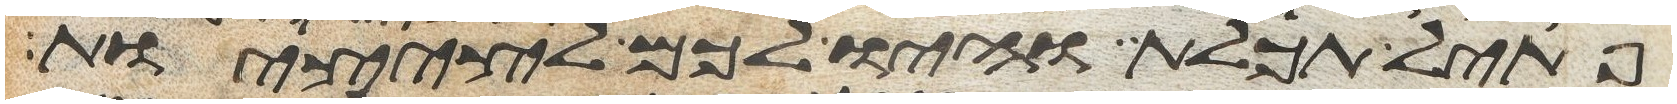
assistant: פתיל תכלת והיו לכם לציצות